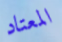
المعتاد